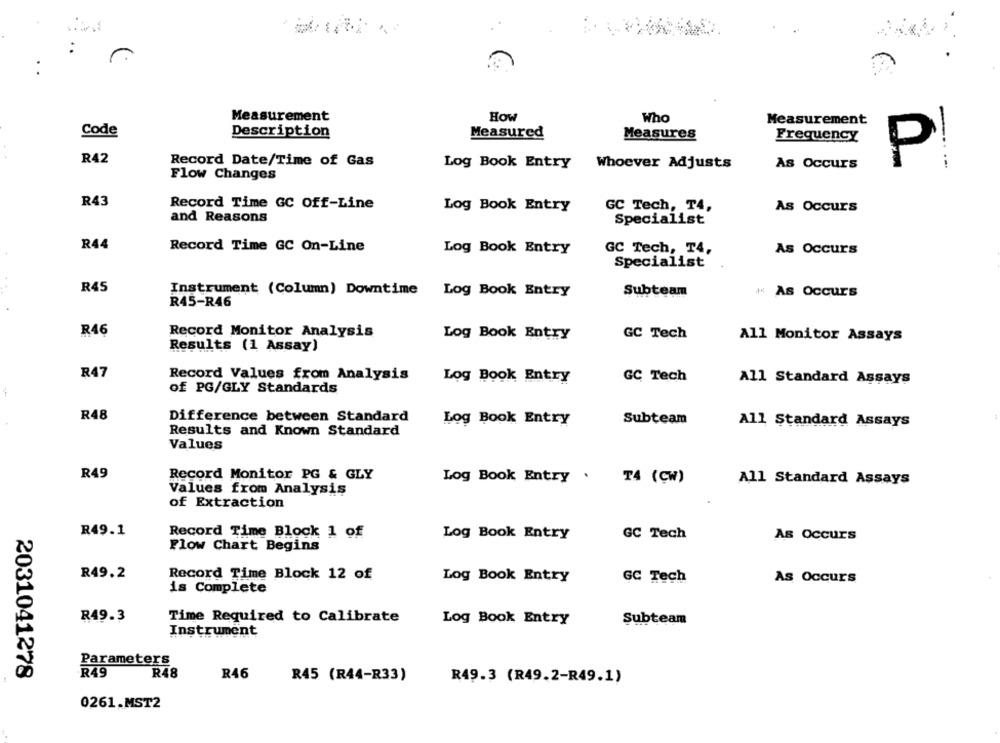
Measurement
How
Who
Measurement
Code
Description
Measured
Measures
Frequency
R42
Record Date/Time of Gas
As Occurs
P
Log Book Entry
Whoever Adjusts
Flow Changes
R43
Record Time GC Off-Line
Log Book Entry
GC Tech, T4,
As Occurs
and Reasons
Specialist
R44
Record Time GC On-Line
Log Book Entry
GC Tech, T4,
As Occurs
Specialist
R45
Instrument (Column) Downtime Log Book Entry
Subteam
4 As Occurs
R45-R46
R46
Record Monitor Analysis
Log Book Entry
GC Tech
All Monitor Assays
Results (1 Assay)
R47
Record Values from Analysis
Log Book Entry
GC Tech
All Standard Assays
of PG/GLY Standards
R48
Difference between Standard
Log Book Entry
Subteam
All Standard Assays
Results and Known Standard
Values
R49
Record Monitor PG & GLY
Log Book Entry .
T4 (CW)
All Standard Assays
Values from Analysis
of Extraction
R49.1
Record Time Block 1 of
Log Book Entry
GC Tech
As Occurs
Flow Chart Begins
R49.2
Record Time Block 12 of
Log Book Entry
GC Tech
As Occurs
is Complete
R49.3
Time Required to Calibrate
Log Book Entry
Subteam
Instrument
Parameters
2031041278
R49
R48
R46
R45 (R44-R33)
R49.3 (R49.2-R49.1)
0261.MST2